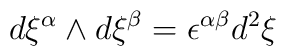
d\xi ^{\alpha }\wedge d\xi ^{\beta }=\epsilon ^{\alpha \beta }d^{2}\xi